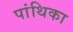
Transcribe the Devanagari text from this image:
पांथिका